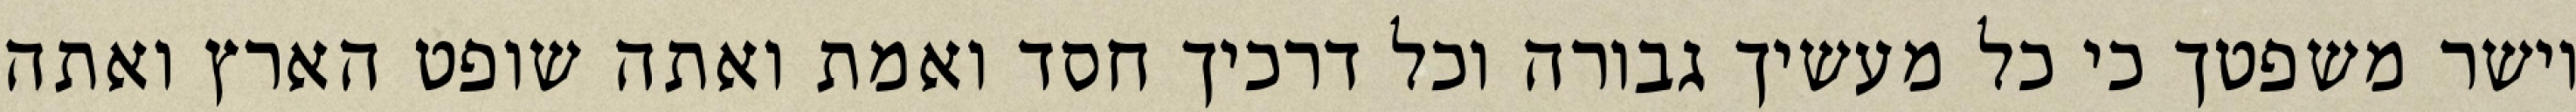
וישר משפטך כי כל מעשיך גבורה וכל דרכיך חסד ואמת ואתה שופט הארץ ואתה